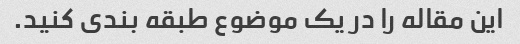
این مقاله را در یک موضوع طبقه بندی کنید.